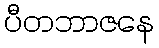
ပီတဘာဇနေ